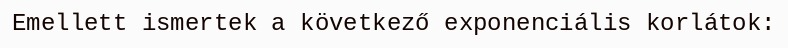
Emellett ismertek a következő exponenciális korlátok: